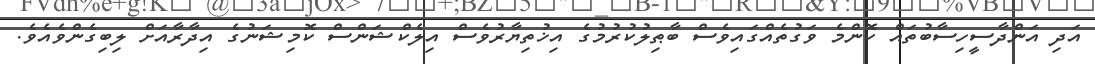
އަދި އަންދާސީހިސާބުތައް ކޮންމެ ވަގުތެއްގައިވެސް ބާޠިލުކުރުމުގެ އިޚުތިޔާރުވެސް އިލެކްޝަންސް ކޮމިޝަނުގެ އިދާރާއަށް ލިބިގެންވެއެވެ.